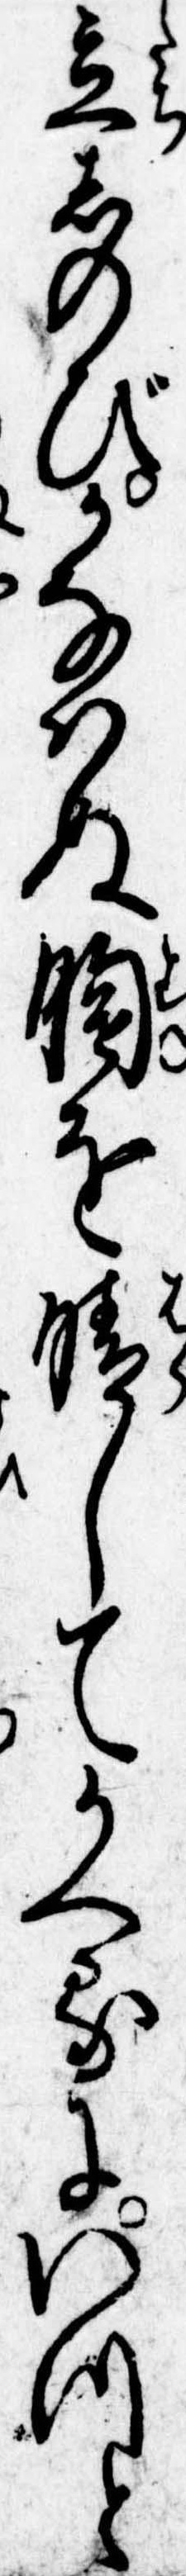
立しのびかなはぬ胸を晴してかへるにいつと